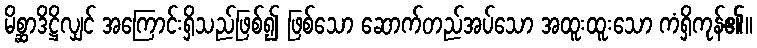
မိစ္ဆာဒိဋ္ဌိလျှင် အကြောင်းရှိသည်ဖြစ်၍ ဖြစ်သော ဆောက်တည်အပ်သော အထူးထူးသော ကံရှိကုန်၏။